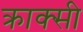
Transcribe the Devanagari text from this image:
क्राक्सी